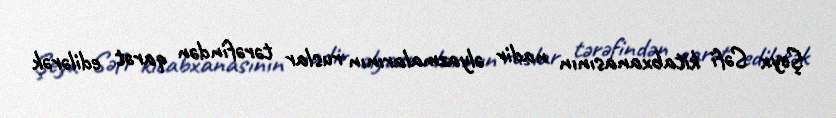
Şeyx Səfi kitabxanasının nadir əlyazmalarının ruslar tərəfindən qarət edilərək